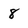
Character: 8